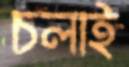
চলাই